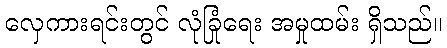
လှေကားရင်းတွင် လုံခြုံရေး အမှုထမ်း ရှိသည်။